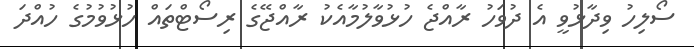
ސޯލިހު ވިދާޅުވީ އެ ދުވަހު ރާއްޖެ ހުޅުވާލުމާއެކު ރާއްޖޭގެ ރިސޯޓްތައް ހުޅުވުމުގެ ހުއްދަ